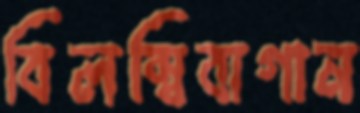
বিলম্বিবাগান